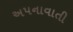
અપનાવાતી